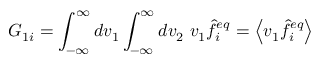
G _ { 1 i } = \int _ { - \infty } ^ { \infty } d v _ { 1 } \int _ { - \infty } ^ { \infty } d v _ { 2 } \ v _ { 1 } \hat { f } _ { i } ^ { e q } = \left\langle v _ { 1 } \hat { f } _ { i } ^ { e q } \right\rangle